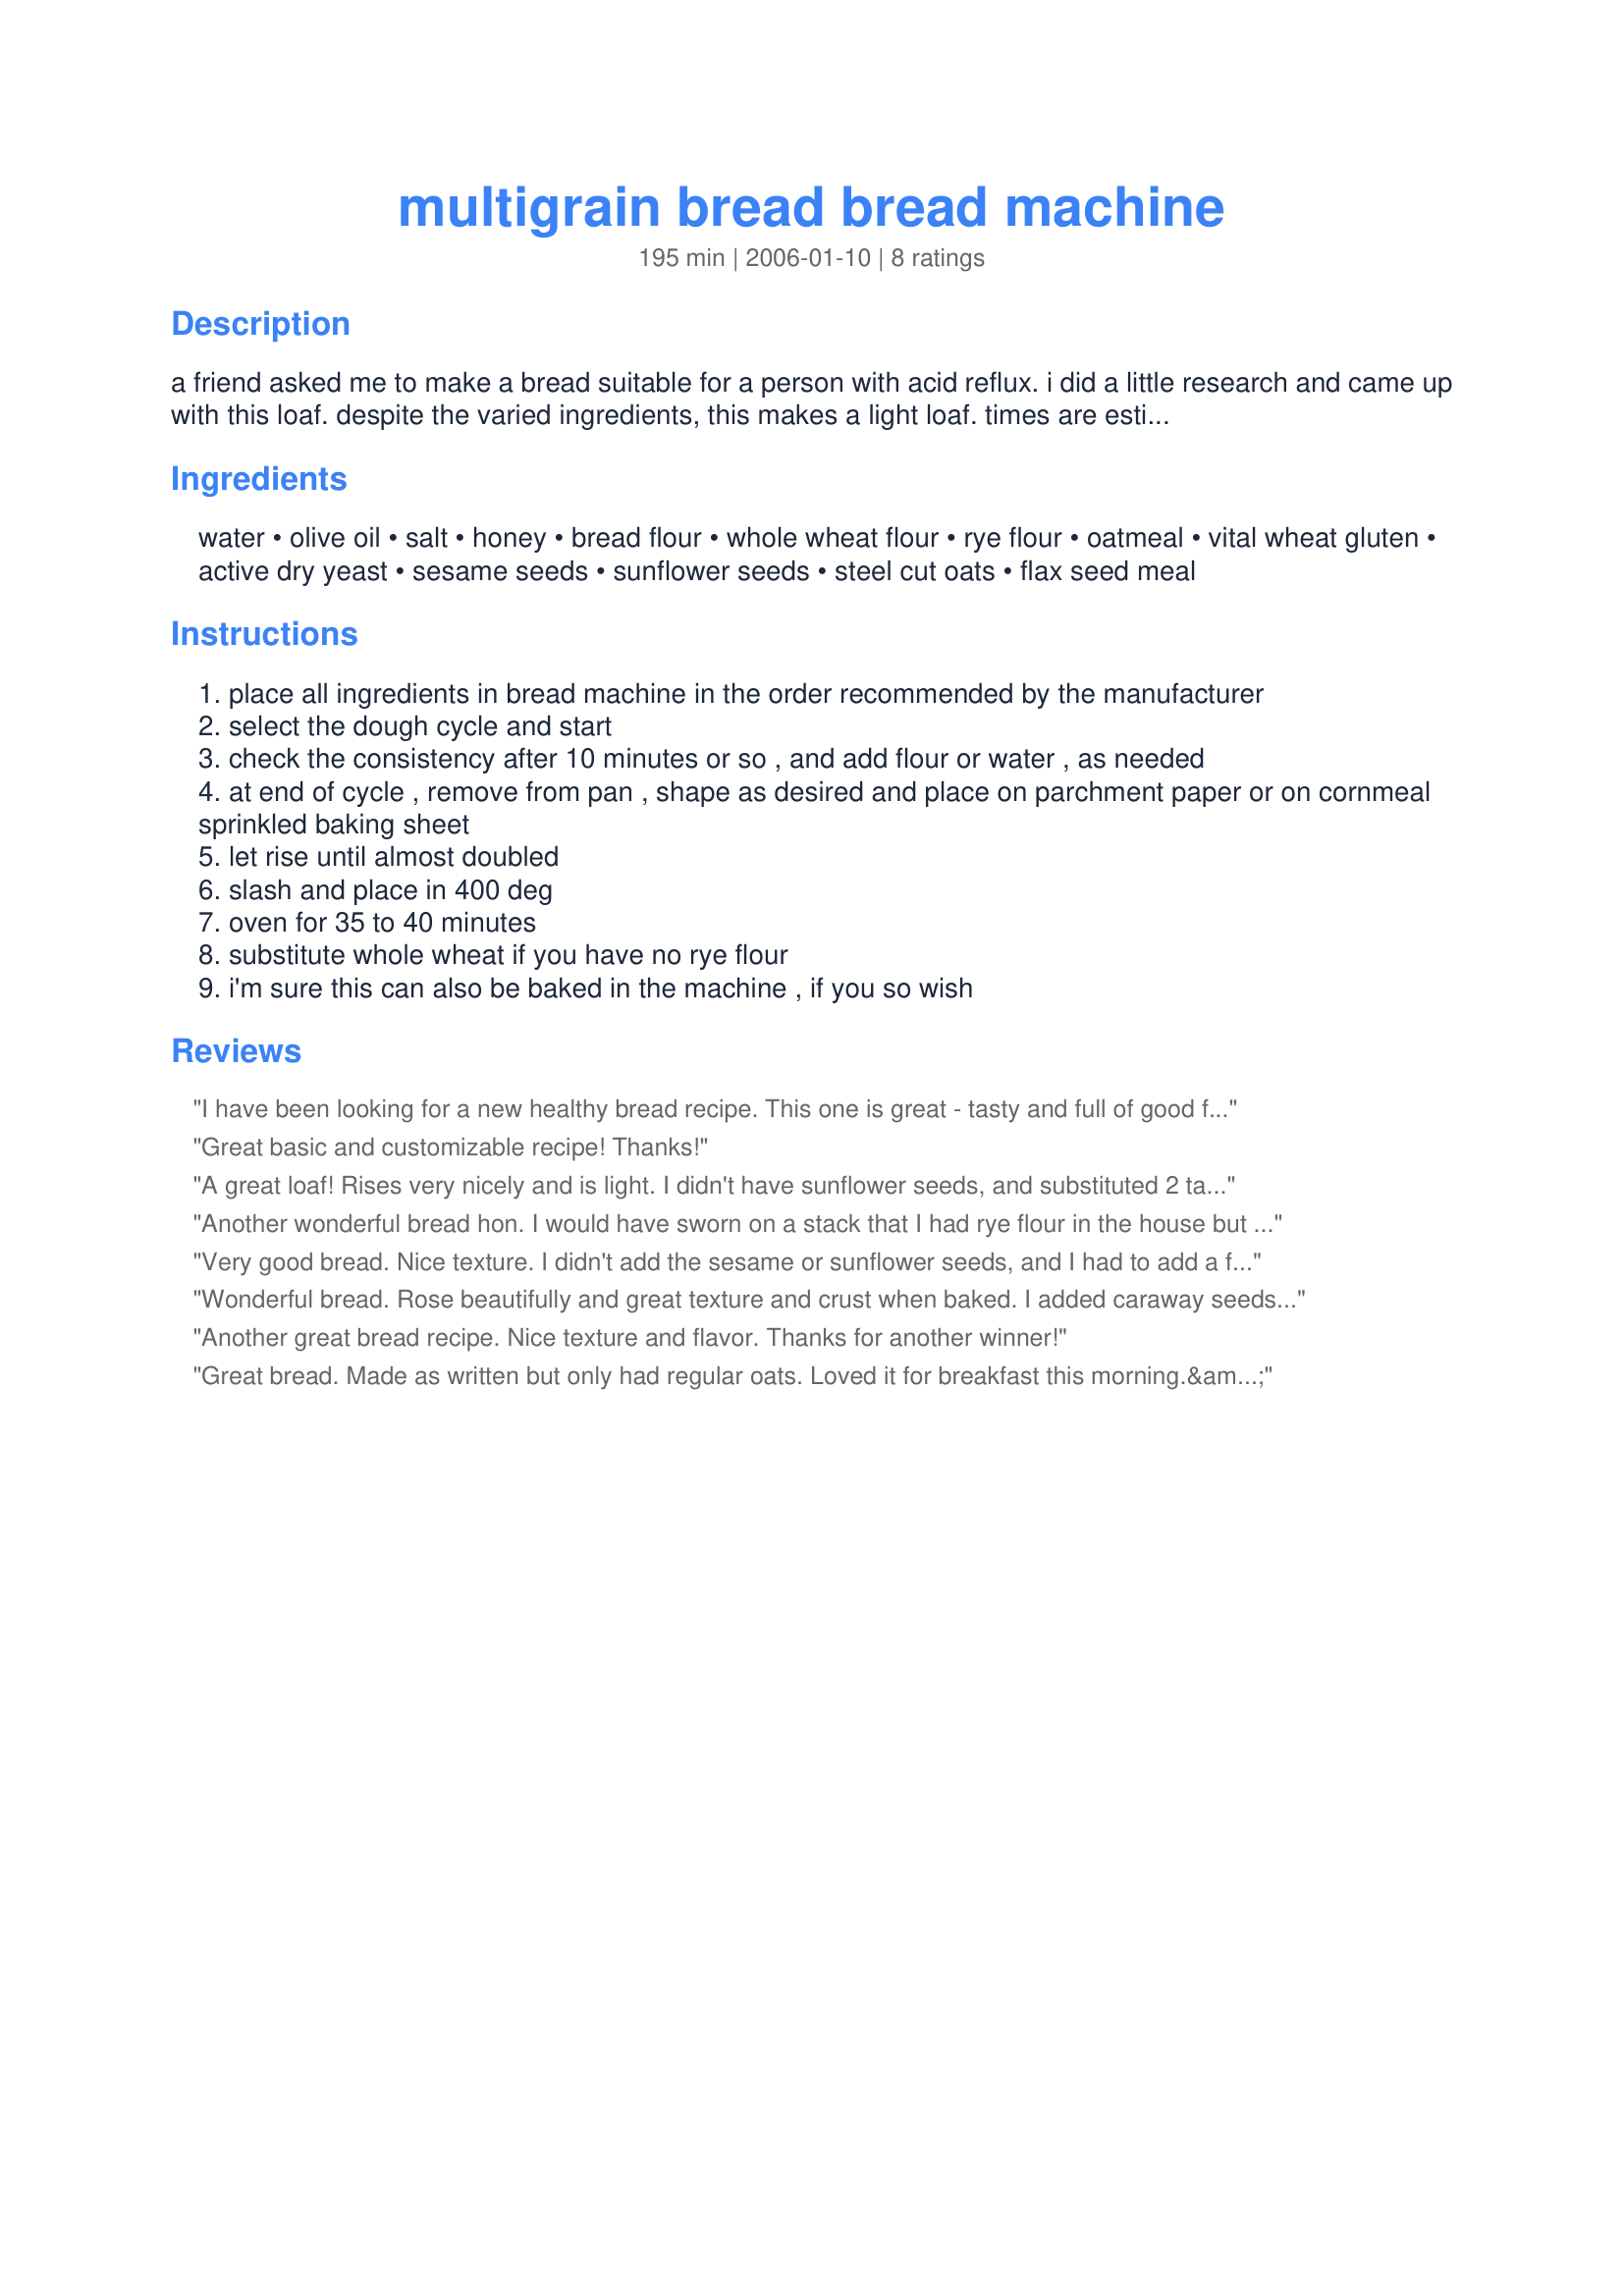
multigrain bread bread machine
Preparation time: 195 minutes

a friend asked me to make a bread suitable for a person with acid reflux. i did a little research and came up with this loaf. despite the varied ingredients, this makes a light loaf. times are estimated.

Ingredients:
water, olive oil, salt, honey, bread flour, whole wheat flour, rye flour, oatmeal, vital wheat gluten, active dry yeast, sesame seeds, sunflower seeds, steel cut oats, flax seed meal

Steps:
place all ingredients in bread machine in the order recommended by the manufacturer
select the dough cycle and start
check the consistency after 10 minutes or so , and add flour or water , as needed
at end of cycle , remove from pan , shape as desired and place on parchment paper or on cornmeal sprinkled baking sheet
let rise until almost doubled
slash and place in 400 deg
oven for 35 to 40 minutes
substitute whole wheat if you have no rye flour
i'm sure this can also be baked in the machine , if you so wish

Reviews:
I have been looking for a new healthy bread recipe. This one is great - tasty and full of good fiber. The onlyl thing I lacked was flax seed meal, so I doubled the steel cut oats. I whirled them in my spice blender before adding them, because I wasnt' sure how they would cook up whole. I made the dough in my bread machine. I kneaded it when it was done, let it rise about half and hour, and cooked it as directed on a stone baking pan. WONDERFUL! Acui labai, Duonyte!
Great basic and customizable recipe! Thanks!
A great loaf! Rises very nicely and is light. I didn't have sunflower seeds, and substituted 2 tablespoons of 8-grain cereal. I added 1 1/2 teaspoons of caraway seed. I used real pumpernickel flour from my local co-op ( http://en.wikipedia.org/wiki/Pumpernickel ) instead of the plain rye flour specific in the recipe. The mixture was dry, so I added a total of 1/4 cup of water when I heard the bread machine "complaining." I baked the loaf on a 12-inch pizza pan, just the right size for this round loaf. <br/><br/>The description mentions acid reflux disease. Don't let that dissuade you. This is excellent, delicious bread that everyone will enjoy!
Another wonderful bread hon. I would have sworn on a stack that I had rye flour in the house but found none so I used kamut flour in it's place. I also lacked all of the seeds that I would have happily used so I chopped an equivalent amount of walnuts and tossed them in. As others have mentioned I needed more water (1/4 cup for me). I'm madly in love with the very low sugar and fat content. It comes out beautifully risen with a lovely, slightly chewy, crust and a soft moist inside that light and delicious. I'm printing this wonderful recipe to keep in my folder where I put things that I want to make sure I don't lose. Great Bread!
Very good bread. Nice texture. I didn't add the sesame or sunflower seeds, and I had to add a few TBs of extra water to make it smoother. Also cooked about 25 min and covered with foil halfway through. Cooking time probably depends on the shape you make it- I did a wide, long loaf on a baking sheet. Great with honey butter!
Wonderful bread. Rose beautifully and great texture and crust when baked. I added caraway seeds as I love the taste of them and mixed this all in my KA mixer. This is going to be a staple on my bread making. Thanks for the great recipe.
Another great bread recipe. Nice texture and flavor. Thanks for another winner!
Great bread. Made as written but only had regular oats. Loved it for breakfast this morning.&lt;br/&gt;Will be making this all the time.
